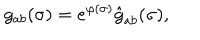
g _ { a b } ( \sigma ) = e ^ { \varphi ( \sigma ) } \hat { g } _ { a b } ( \sigma ) ,